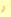
ثم